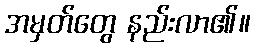
အမှတ်တွေ နည်းလာ၏။